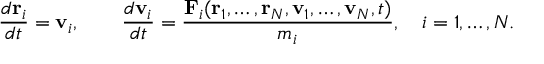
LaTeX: { \frac { d \mathbf { r } _ { i } } { d t } } = \mathbf { v } _ { i } , \qquad { \frac { d \mathbf { v } _ { i } } { d t } } = { \frac { \mathbf { F } _ { i } ( \mathbf { r } _ { 1 } , \ldots , \mathbf { r } _ { N } , \mathbf { v } _ { 1 } , \ldots , \mathbf { v } _ { N } , t ) } { m _ { i } } } , \quad i = 1 , \ldots , N .